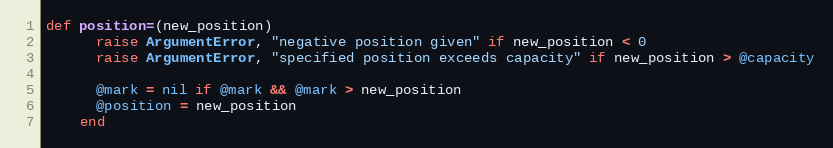
Language: Ruby
def position=(new_position)
      raise ArgumentError, "negative position given" if new_position < 0
      raise ArgumentError, "specified position exceeds capacity" if new_position > @capacity

      @mark = nil if @mark && @mark > new_position
      @position = new_position
    end